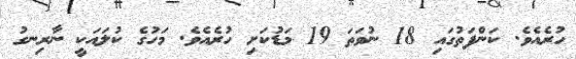
ހުރެއެވެ. ކަންފަތުގައި 18 ނުވަތަ 19 މަޑުކަށި ހުރެއެވެ. މަހުގެ ކުލައަކީ ނާރިނގު